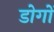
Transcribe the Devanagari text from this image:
डोगों